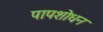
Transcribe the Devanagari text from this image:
पापशोधन